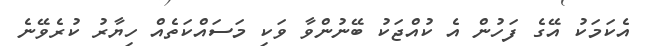
އެކަމަކު އޭގެ ފަހުން އެ ކުއްޖަކު ބޭނުންވާ ވަކި މަސައްކަތެއް ހިޔާރު ކުރެވޭނެ